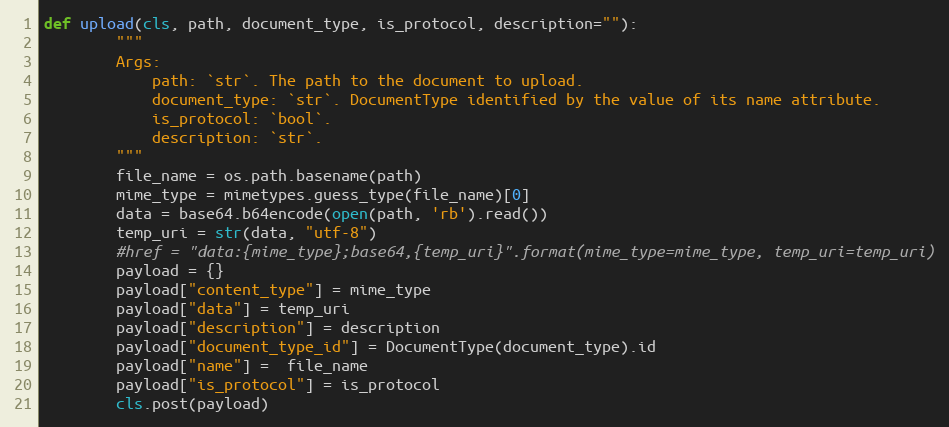
Language: Python
def upload(cls, path, document_type, is_protocol, description=""):
        """
        Args:
            path: `str`. The path to the document to upload.
            document_type: `str`. DocumentType identified by the value of its name attribute.
            is_protocol: `bool`.
            description: `str`.
        """
        file_name = os.path.basename(path)
        mime_type = mimetypes.guess_type(file_name)[0]
        data = base64.b64encode(open(path, 'rb').read())
        temp_uri = str(data, "utf-8")
        #href = "data:{mime_type};base64,{temp_uri}".format(mime_type=mime_type, temp_uri=temp_uri)
        payload = {}
        payload["content_type"] = mime_type
        payload["data"] = temp_uri
        payload["description"] = description
        payload["document_type_id"] = DocumentType(document_type).id
        payload["name"] =  file_name
        payload["is_protocol"] = is_protocol
        cls.post(payload)